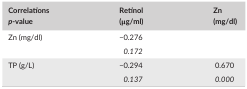
| Correlations p‐value | Retinol (μg/ml) | Zn (mg/dl) |
 | --- | --- | --- |
 | <ROWSPAN=2> Zn (mg/dl) | −0.276 |  |
 | 0.172 |  |
 | <ROWSPAN=2> TP (g/L) | −0.294 | 0.670 |
 | 0.137 | 0.000 |